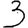
Digit: 3